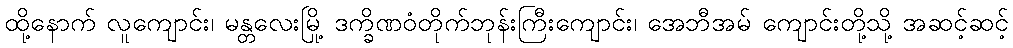
ထို့နောက် လူကျောင်း၊ မန္တလေးမြို့ ဒက္ခိဏဝံတိုက်ဘုန်းကြီးကျောင်း၊ အေဘီအမ် ကျောင်းတို့သို့ အဆင့်ဆင့်